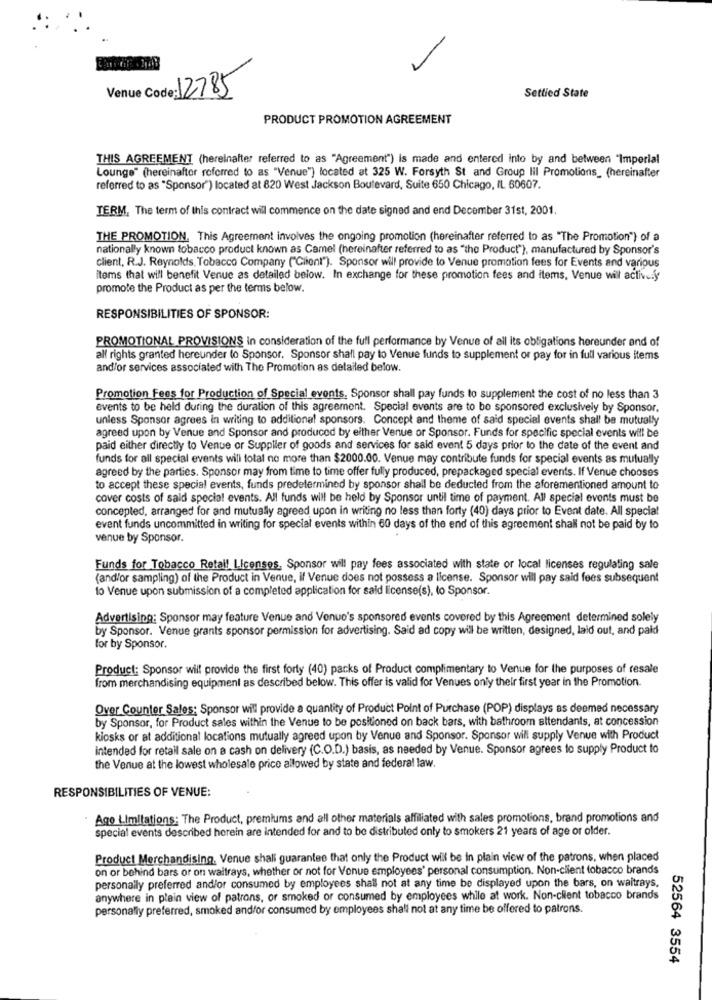
Venue Code: 12785
Settied State
PRODUCT PROMOTION AGREEMENT
THIS AGREEMENT (hereinafter referred to as "Agreement") is made and entered into by and between "Imperial
Lounge" (hereinafter referred to as "Venue") located at 325 W. Forsyth St and Group lil Promotions_ (hereinafter
referred to as "Sponsor") located at 820 West Jackson Boulevard, Suite 650 Chicago, IL 60607.
TERM, The term of this contract will commence on the date signed and end December 31st, 2001.
THE PROMOTION. This Agreement involves the ongoing promotion (hereinafter referred to as "The Promotion") of a
nationally known tobacco product known as Camel (hereinafter referred to as "the Product"), manufactured by Sponsor's
client, R.J. Reynolds, Tobacco Company ("Client"). Sponsor will provide to Venue promotion fees for Events and various
items that will benefit Venue as detailed below. In exchange for these promotion fees and items, Venue will actively
promote the Product as per the terms below.
RESPONSIBILITIES OF SPONSOR:
PROMOTIONAL PROVISIONS in consideration of the full performance by Venue of all its obligations hereunder and of
all rights granted hereunder (o Sponsor. Sponsor shall pay to Venue funds to supplement or pay for in full various items
and/or services associated with The Promotion as detailed below.
Promotion Fees for Production of Special events, Sponsor shall pay funds to supplement the cost of no less than 3
events to be held during the duration of this agreement. Special events are to be sponsored exclusively by Sponsor.
unless Sponsor agrees in writing to additional sponsors. Concept and theme of said special events shall be mutually
agreed upon by Venue and Sponsor and produced by either Venue or Sponsor. Funds for specific special events will be
paid either directly to Venue or Supplier of goods and services for said event 5 days prior to the date of the event and
funds for all special events will total no more than $2000.00. Venue may contribute funds for special events as mutually
agreed by the parties. Sponsor may from time to time offer fully produced, prepackaged special events. If Venue chooses
to accept these special events, funds predetermined by sponsor shall be deducted from the aforementioned amount to
cover costs of said special events. All funds will be held by Sponsor until time of payment. All special events must be
concepted, arranged for and mutually agreed upon in writing no less than forty (40) days prior to Event date. All special
event funds uncommitted in writing for special events within 60 days of the end of this agreement shall not be paid by to
venue by Sponsor.
Funds for Tobacco Retail Licenses, Sponsor will pay fees associated with state or local licenses regulating sale
(and/or sampling) of the Product in Venue, if Venue does not possess a license. Sponsor will pay said fees subsequent
to Venue upon submission of a completed application for said license(s), to Sponsor.
Advertising: Sponsor may feature Venue and Venue's sponsored events covered by this Agreement determined solely
by Sponsor. Venue grants sponsor permission for advertising. Said ad copy will be written, designed, laid out, and paid
for by Sponsor.
Product: Sponsor will provide the first forty (40) packs of Product complimentary to Venue for the purposes of resale
from merchandising equipment as described below. This offer is valid for Venues only their first year in the Promotion.
Over Counter Sales: Sponsor will provide a quantity of Product Point of Purchase (POP) displays as deemed necessary
by Sponsor, for Product sales within the Venue to be positioned on back bars, with bathroom attendants, at concession
kiosks or at additional locations mutually agreed upon by Venue and Sponsor. Sponsor will supply Venue with Product
intended for retail sale on a cash on delivery (C.O.D.) basis, as needed by Venue. Sponsor agrees to supply Product to
the Venue at the lowest wholesale price allowed by state and federal law.
RESPONSIBILITIES OF VENUE:
Ago L.Imitations: The Product, premiums and all other materials affiliated with sales promotions, brand promotions and
special events described herein are intended for and to be distributed only to smokers 21 years of age or older.
Product Merchandising. Venue shali guarantee that only the Product will be in plain view of the patrons, when placed
on or behind bars or on waitrays, whether or not for Venue employees' personal consumption. Non-client tobacco brands
personally preferred and/or consumed by employees shall not at any time be displayed upon the bars, on waitrays.
anywhere in plain view of patrons, or smoked or consumed by employees while at work. Non-client tobacco brands
personaliy preferred, smoked and/or consumed by employees shall not at any time be offered to patrons.
52564 3554